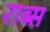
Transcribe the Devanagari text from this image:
राब्स